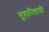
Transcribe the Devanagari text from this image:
गुहानिवासी